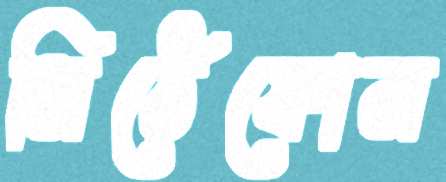
মিঠেফোন